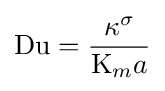
{\rm {Du}}={\frac {\kappa ^{\sigma }}{{\mathrm {K} _{m}}a}}